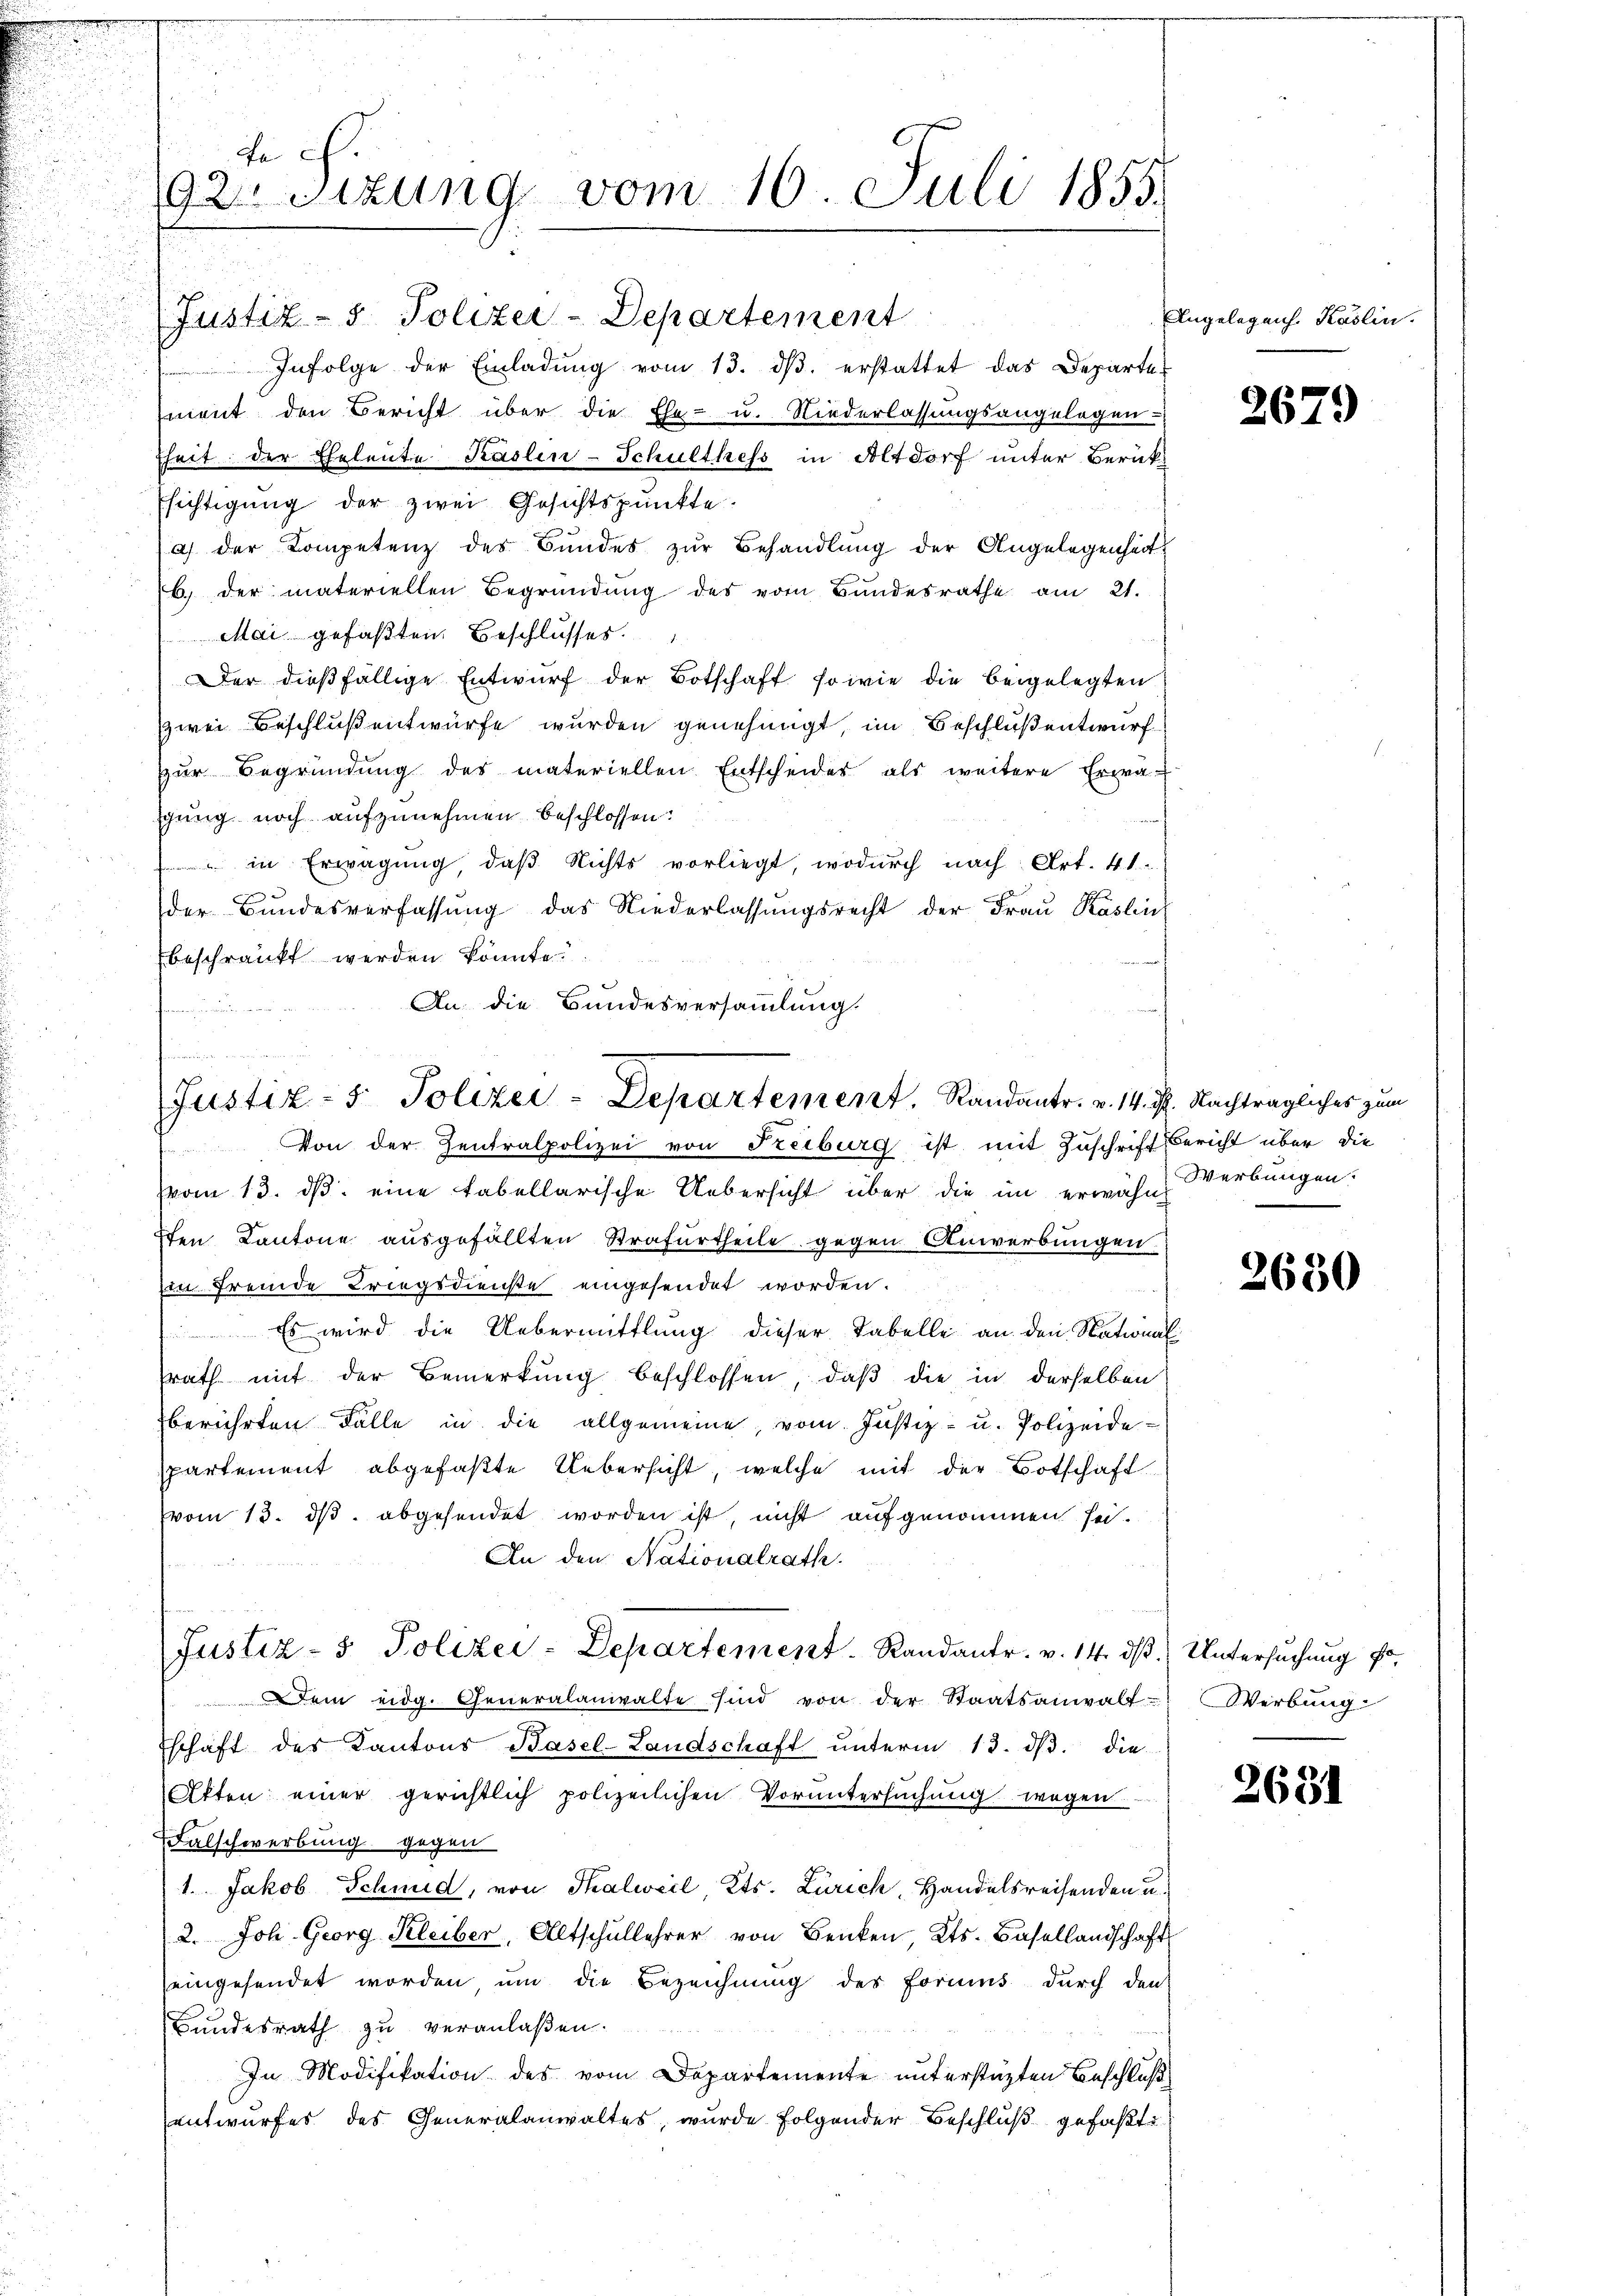
Fe
92 Sitzung vom 16. Juli 1855.

(Justiz- & Polizei-Departement
Infolge der Einladung vom 13. dβ. erstattet das Departe-
ment den Bericht über die Ehe- u. Niederlassungsangelegen-
fheit der Eheleute Käslin-Schulthess in Altdorf unter Berück-
sichtigung der zwei Gesichtspunkte.
a) der Kompetenz des Bundes zŭr Behandlung der Angelegenheit
b. der materiellen Begründung des vom Bundesrathe am 21.
Mai gefaßten Beschlusses.
Der dießfällige Entwurf der Botschaft sowie die beigelegten
zwei Beschluß entwürfe wurden genehmigt, im Beschluß entwurf
zur Begründung der materiellen Entscheider als weitere Erwägung noch aufzunehmen beschlossen:
) in Erwägung, daß Nichts vorliegt, wodurch nach Art. 41.
der Bŭndesverfassŭng das Niederlassŭngsrecht der Fraŭ Käslin
beschränkt werden könnte.
An die Bundesversammlung.
femmen

n
Justiz- & Polizei-Departement, Randantr. v. 14. d. Nachträglicher zum
Von der Zentralpolizei von Freiburg ist mit Zuschrift Bericht über die

vom 13. ds. eine tabellarische Uebersicht über die im erwähnt Werbungen.
Iten Kantone ausgefällten Strafurtheile gegen Anwerbungen.
Ein fremde Kriegsdienste eingesendet worden.
Es wird die Uebermittlung dieser Tabelle an den Nationalsrath mit der Bemerkung beschlossen, daß die in derselben
berührten Fälle in die allgemeine, vom Justiz- u. Polizeide-
partement abgefaßte Uebersicht, welche mit der Botschaft
vom 13. ds. abgesendet worden ist, nicht aufgenommen sei.
An den Nationalrath.
Justiz- & Polizei-Departement. Randantr. v. 14. dβ Untersuchung f
Dem eidg. Generalanwalte sind von der Staatsanwalt- Werbung
schaft des Kantons Basel-Landschaft unterm 13. ds. die
Akten einer gerichtlich polizeilichen Voruntersuchung wegen
Falschwerbung gegen
1. Jakob Schmid, von Thalweil Kts. Zürich, Handelsreisenden u.
2. Joh. Georg Kleiber, Altschullehrer von Benken Kts. Basellandschaft
eingesendet worden um die Bezeichnung des Foriums durch den
Bundesrath zu veranlaßen.
In Modifikation des vom Departemente unterstützten Beschluß
entwurfes des Generalanwaltes, wurde folgender Beschluß gefaßt

Angelegen. Kaslin.

2679

2630

2631